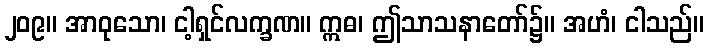
၂၀၉။ အာဝုသော၊ ငါ့ရှင်လက္ခဏ။ ဣဓ၊ ဤသာသနာတော်၌။ အဟံ၊ ငါသည်။